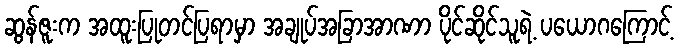
ဆွန်ဇူးက အထူးပြုတင်ပြရာမှာ အချုပ်အခြာအာဏာ ပိုင်ဆိုင်သူရဲ့ ပယောဂကြောင့်